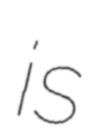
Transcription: is